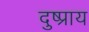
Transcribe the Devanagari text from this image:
दुष्प्राय